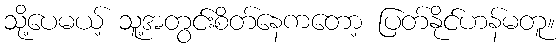
သို့ပေမယ့် သူ့အတွင်းစိတ်နေကတော့ ပြတ်နိုင်ဟန်မတူ။